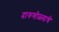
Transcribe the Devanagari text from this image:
दारुगोळ्याचे